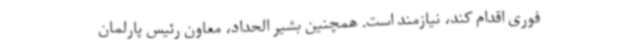
فوری اقدام کند، نیازمند است. همچنین بشیر الحداد،‌ معاون رئیس پارلمان